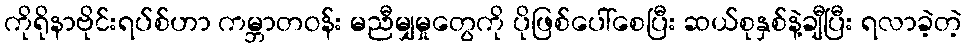
ကိုရိုနာဗိုင်းရပ်စ်ဟာ ကမ္ဘာတဝန်း မညီမျှမှုတွေကို ပိုဖြစ်ပေါ်စေပြီး ဆယ်စုနှစ်နဲ့ချီပြီး ရလာခဲ့တဲ့